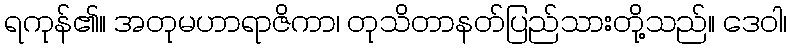
ရကုန်၏။ အတုမဟာရာဇိကာ၊ တုသိတာနတ်ပြည်သားတို့သည်။ ဒေဝါ၊